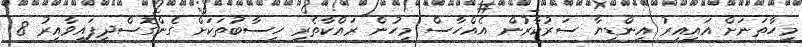
މިހާތަނަށް އައިއިރު އިންޑިޔާ ސަރުކާރުން އެއްހާސް މީހުން ރައްކާތެރި ހިސާބުތަކަށް ގެންގޮސްދީފައިވާއިރު 8